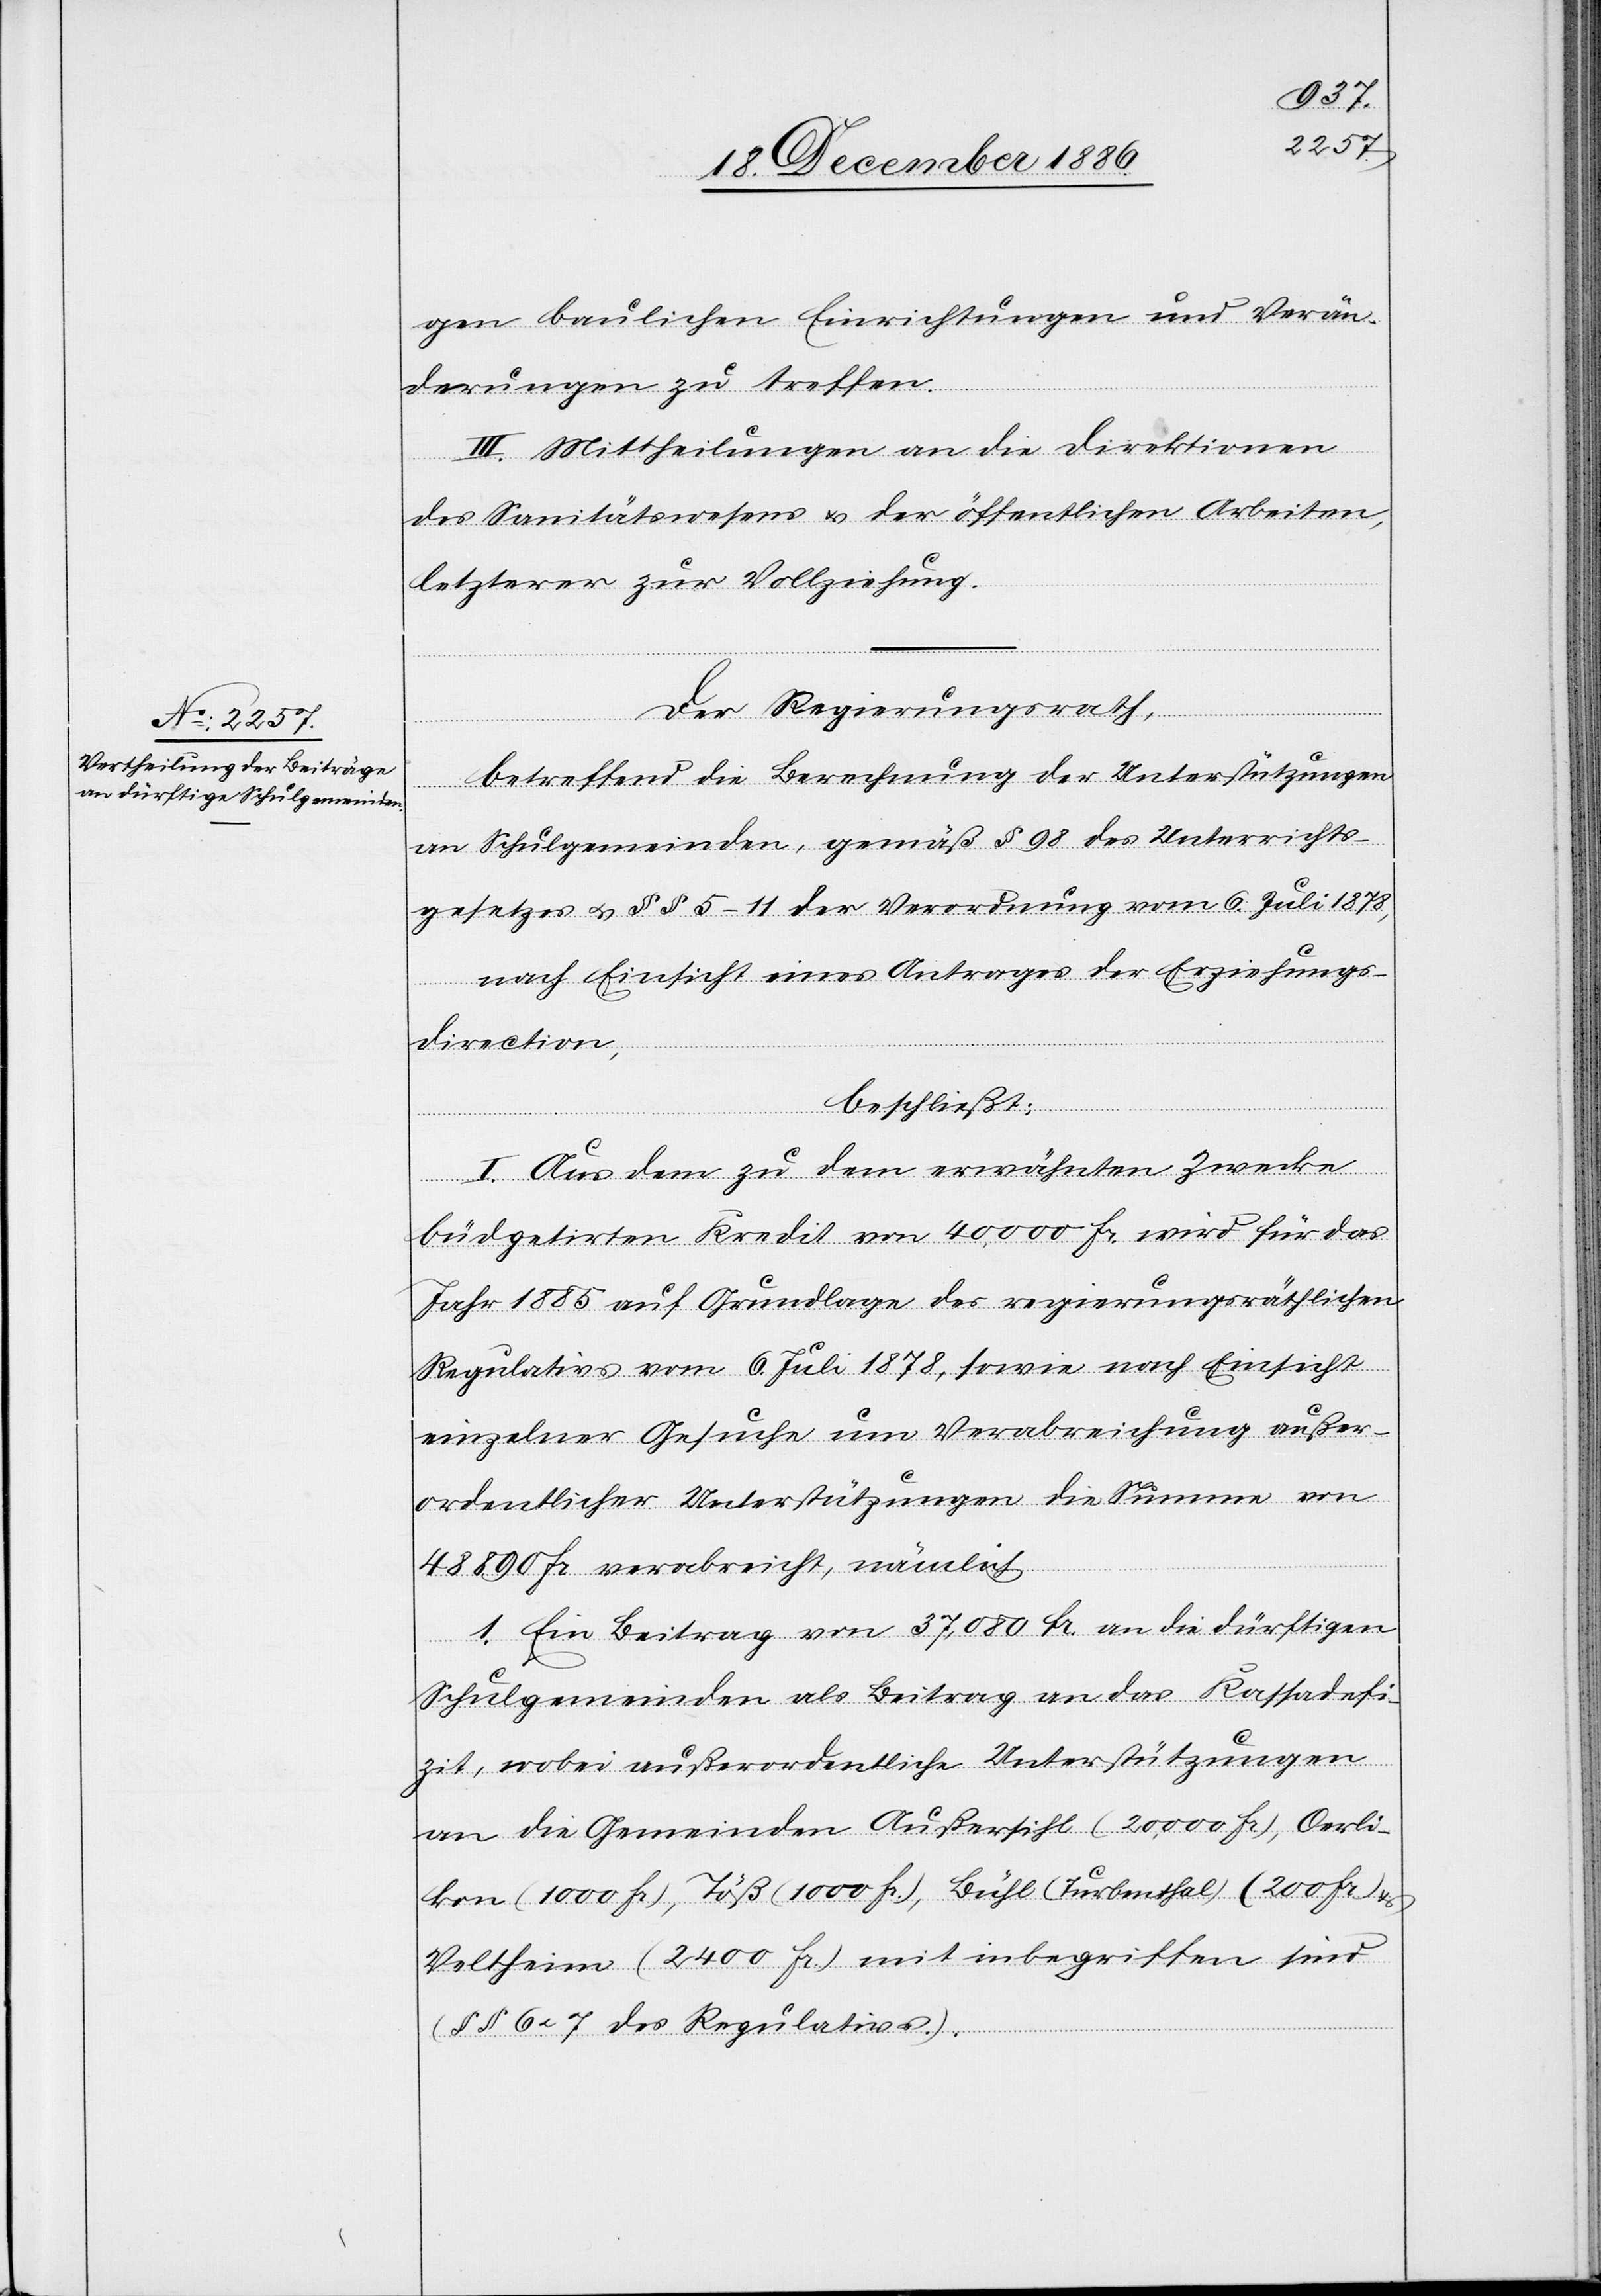
gen baulichen Einrichtungen und Verän¬
derungen zu treffen.
III. Mittheilung an die Direktionen
des Sanitätswesens & der öffentlichen Arbeiten,
letzterer zur Vollziehung.
Der Regierungsrath,
betreffend die Berechnung der Unterstützungen
an Schulgemeinden, gemäß § 98 des Unterrichts¬
gesetzes & §§ 5–11 der Verordnung vom 6. Juli 1878,
nach Einsicht eines Antrages der Erziehungs¬
direction,
beschließt:
I. Aus dem zu dem erwähnten Zwecke
büdgetirten Kredit von 40,000 Fr. wird für das
Jahr 1885 auf Grundlage des regierungsräthlichen
Regulativs vom 6. Juli 1878, sowie nach Einsicht
einzelner Gesuche um Verabreichung außer¬
ordentlicher Unterstützungen die Summe von
48 890 Fr. verabreicht, nämlich
1. Ein Beitrag von 37,080 Fr. an die dürftigen
Schulgemeinden als Beitrag an das Kassadefi¬
zit, wobei außerordentliche Unterstützungen
an die Gemeinden Außersihl (20,000 Fr.), Oerli¬
kon (1000 Fr.), Töß (1000 Fr.), Bühl (Turbenthal) (200 Fr.) &
Veltheim (2400 Fr.) mit inbegriffen sind
(11 6 & 7 des Regulativs.).